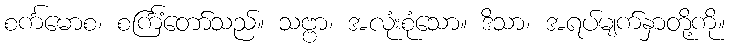
စင်္ကမောစ၊ စင်္ကြံတော်သည်။ သဗ္ဗာ၊ အလုံးစုံသော။ ဒိသာ၊ အရပ်မျက်နှာတို့ကို။